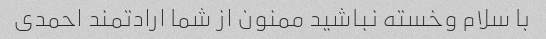
با سلام وخسته نباشید ممنون از شما ارادتمند احمدی